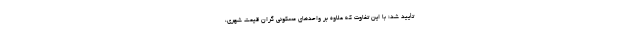
تأیید شد؛ با این تفاوت که علاوه بر واحدهای مسکونی گران قیمت شهری،